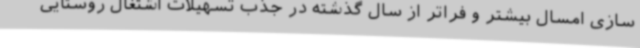
سازی امسال بیشتر و فراتر از سال گذشته در جذب تسهیلات اشتغال روستایی